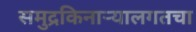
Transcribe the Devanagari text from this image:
समुद्रकिनार्‍यालगतचा